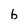
Character: b